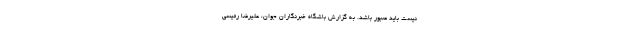
نیست باید صبور باشد. به گزارش باشگاه خبرنگاران جوان، علیرضا رئیسی